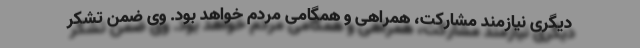
دیگری نیازمند مشارکت، همراهی و همگامی مردم خواهد بود. وی ضمن تشکر